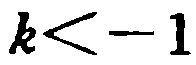
\(k < -1\)